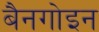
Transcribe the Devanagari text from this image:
बैनगोइन